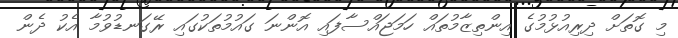
މި ގޮތަށް ދިރިއުޅުމުގެ އިންތިޒާމުތައް ހަމަޖައްސާފައި އޮންނަ ގައުމުތަކުގައި ރޭގަނޑުވުމާ އެކު ދެން